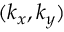
( k _ { x } , k _ { y } )